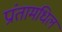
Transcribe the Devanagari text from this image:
प्रांतामधिल